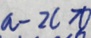
a - 2 c \pi